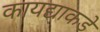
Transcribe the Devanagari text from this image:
कायद्याकडे